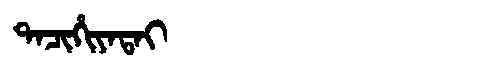
Manchu: ᡨᠠᠴᡳᡥᡳᠶᠠᡨᠠᡳ
Romanization: TACIHIYATAI